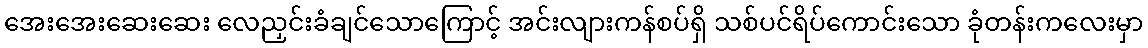
အေးအေးဆေးဆေး လေညှင်းခံချင်သောကြောင့် အင်းလျားကန်စပ်ရှိ သစ်ပင်ရိပ်ကောင်းသော ခုံတန်းကလေးမှာ